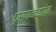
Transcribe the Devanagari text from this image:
घूर्णनकोण